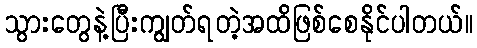
သွားတွေနဲ့ပြီးကျွတ်ရတဲ့အထိဖြစ်စေနိုင်ပါတယ်။